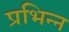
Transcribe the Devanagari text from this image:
प्रभिन्न